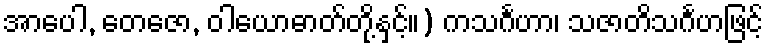
အာပေါ, တေဇော, ဝါယောဓာတ်တို့နှင့်။) ကသင်္ဂဟာ၊ သဇာတိသင်္ဂဟဖြင့်